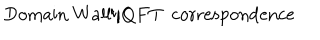
LaTeX: \mathrm { D o m a i n ~ W a l l } / Q F T \, \, \, \mathrm { c o r r e s p o n d e n c e }